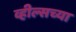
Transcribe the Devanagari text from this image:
व्हील्सच्या